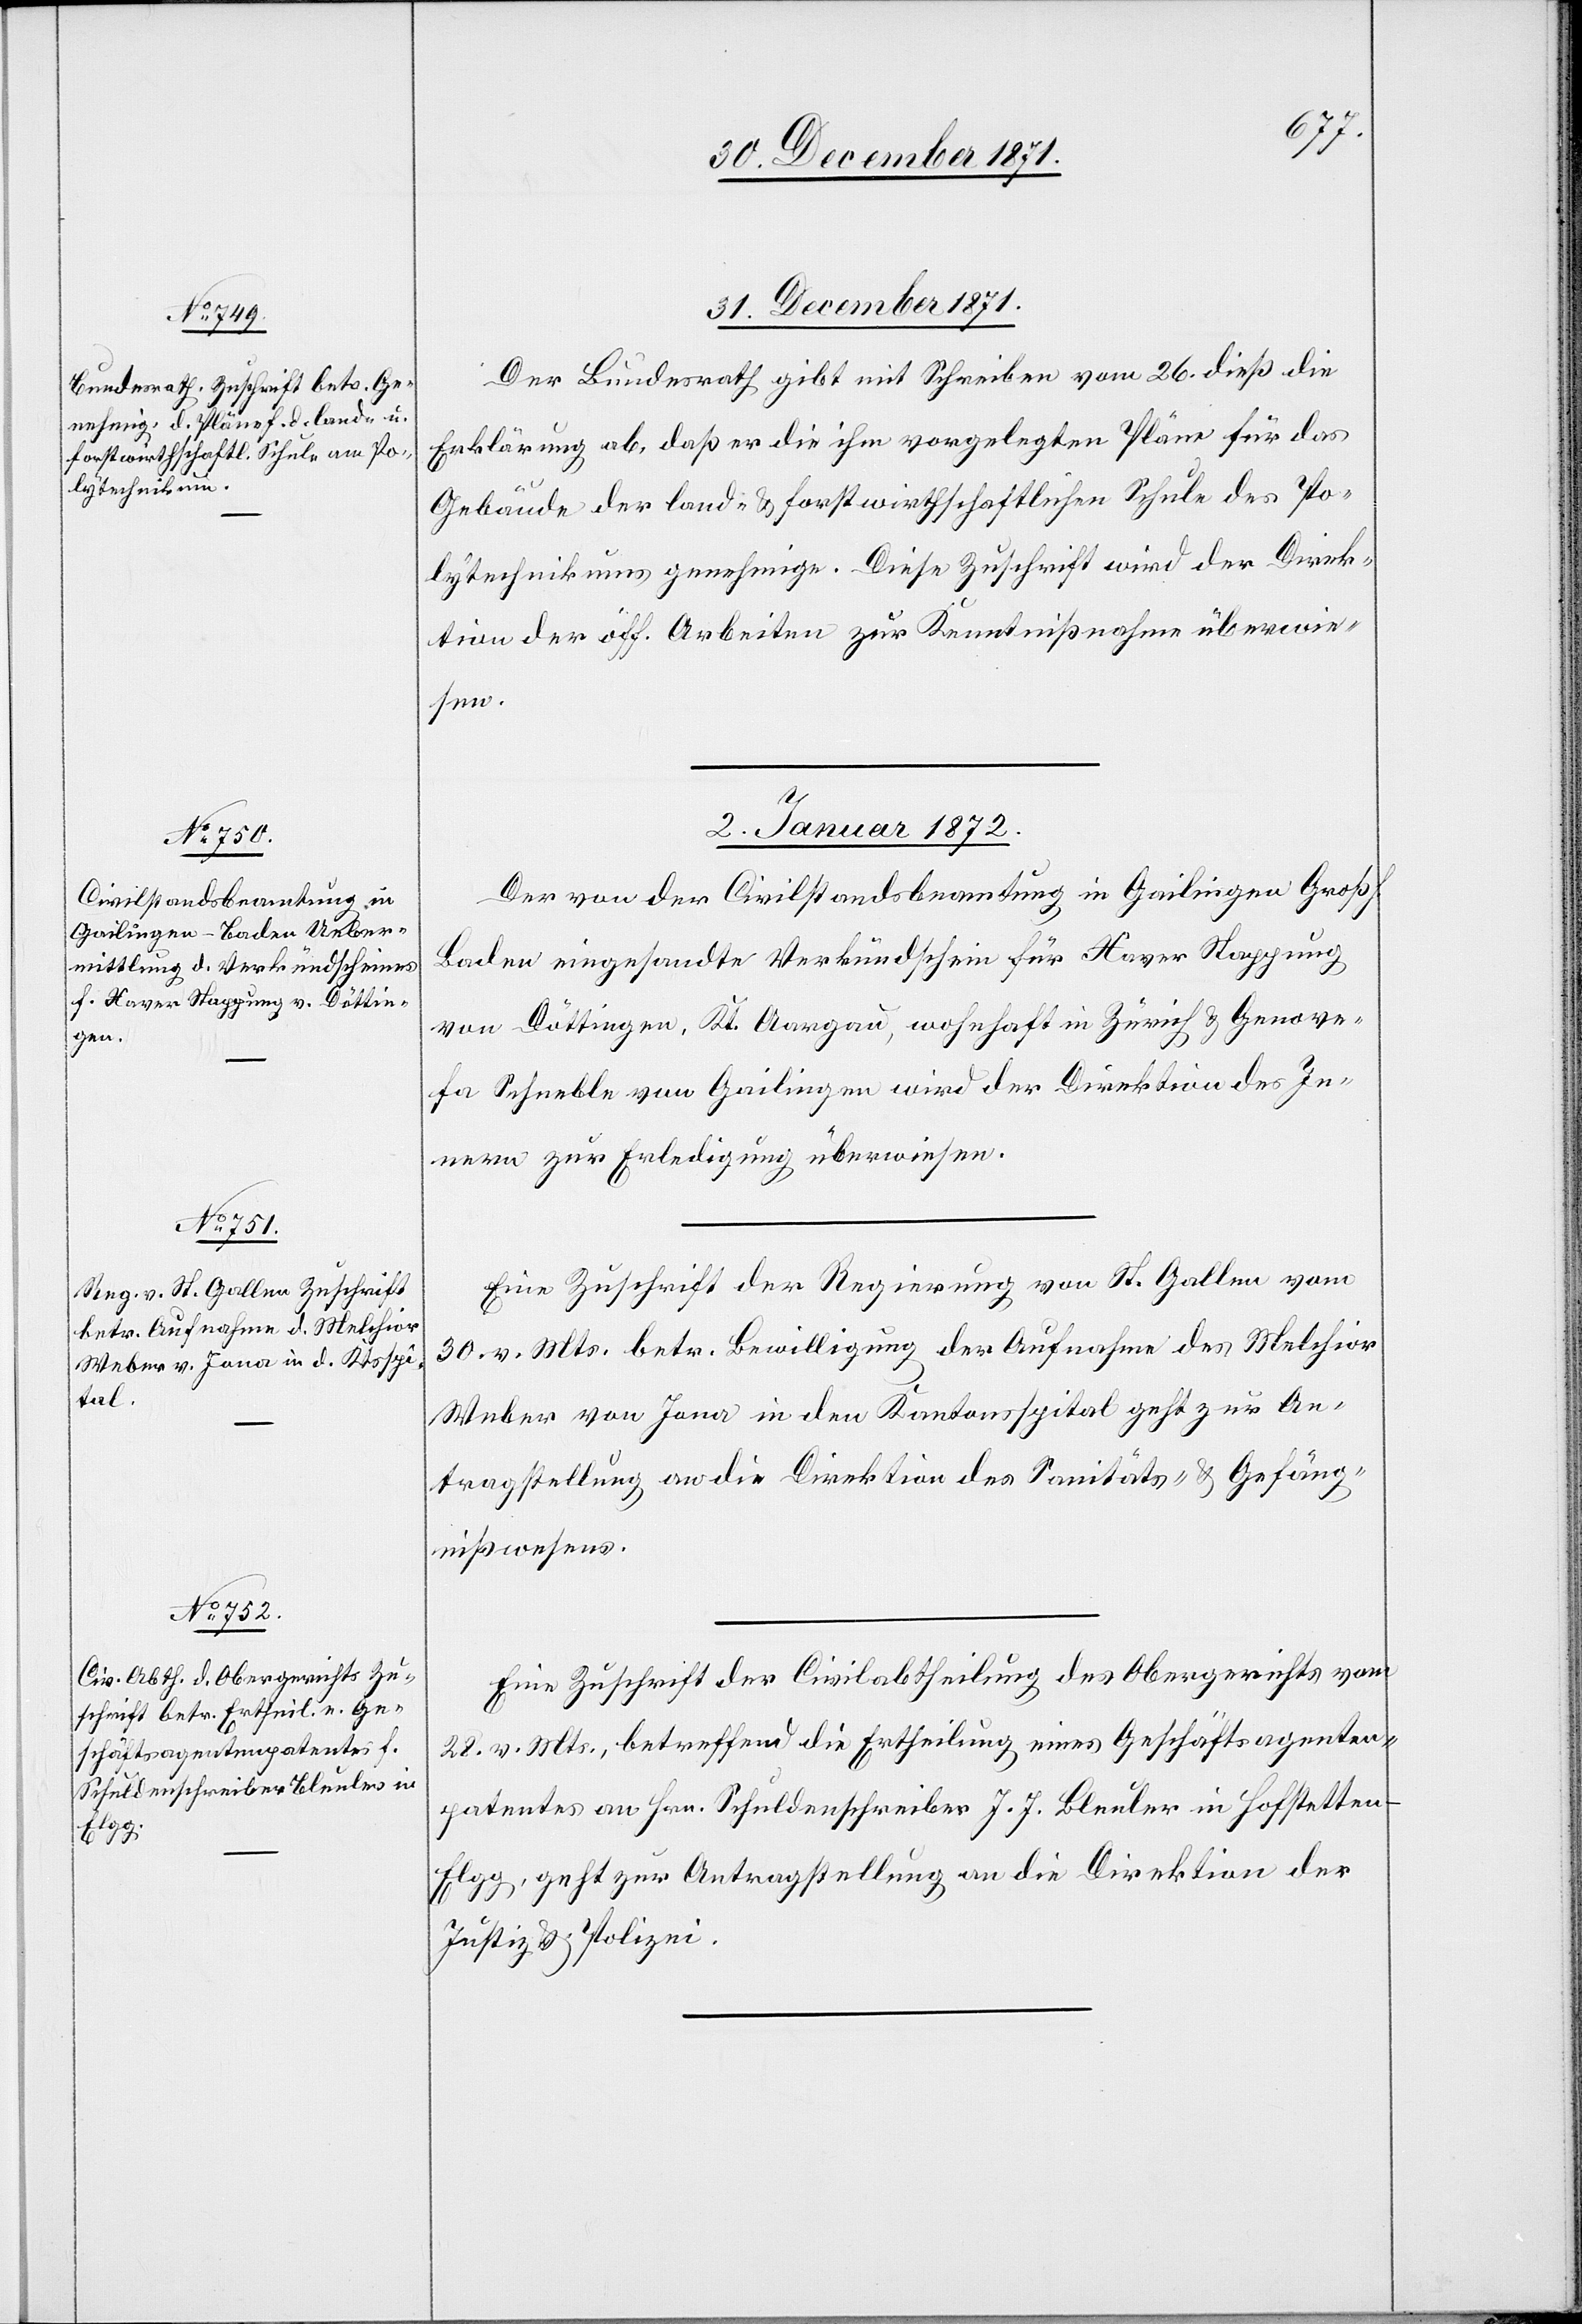
31. December 1871.
Der Bundesrath gibt mit Schreiben vom 26. dieß die
Erklärung ab, daß er die ihm vorgelegten Pläne für das
Gebäude der land- & forstwirthschaftlichen Schule des Po¬
lytechnikums genehmige. Diese Zuschrift wird der Direk¬
tion der öff. Arbeiten zur Kenntnißnahme überwie¬
sen.
2. Januar 1872.]
Der von der Civilstandsbeamtung in Gailingen Großh.
Baden eingesandte Verkündschein für Xaver Stappung
von Döttingen, Kt. Aargau, wohnhaft in Zürich & Genove¬
sa Schneble von Gailingen wird der Direktion des In¬
nern zur Erledigung überwiesen.
Eine Zuschrift der Regierung von St. Gallen vom
30. v. Mts. betr. Bewilligung der Aufnahme des Melchior
Weber von Jona in den Kantonsspital geht zur An¬
tragstellung an die Direktion des Sanitäts- & Gefäng¬
nißwesens.
Eine Zuschrift der Civilabtheilung des Obergerichts vom
28. v. Mts., betreffend die Ertheilung eines Geschäftsagenten¬
patentes an Hrn. Schuldenschreiber J. J. Bleuler in Hofstetten
geht zur Antragstellung an die Direktion der
Justiz & Polizei.